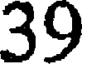
39